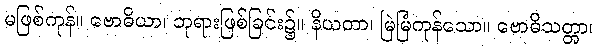
မဖြစ်ကုန်။ ဗောဓိယာ၊ ဘုရားဖြစ်ခြင်း၌။ နိယတာ၊ မြဲမြံကုန်သော။ ဗောဓိသတ္တာ၊